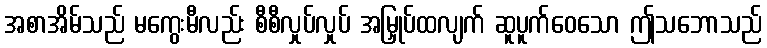
အစာအိမ်သည် မကွေးမီလည်း စီစီလှုပ်လှုပ် အမြှုပ်ထလျက် ဆူပူက်ဝေသော ဤသဘောသည်